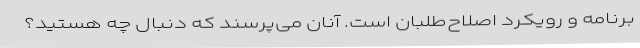
برنامه و رویکرد اصلاح‌طلبان است. آنان می‌پرسند که دنبال چه هستید؟